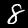
Label: 8